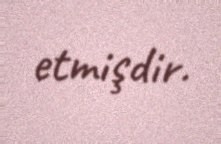
etmişdir.